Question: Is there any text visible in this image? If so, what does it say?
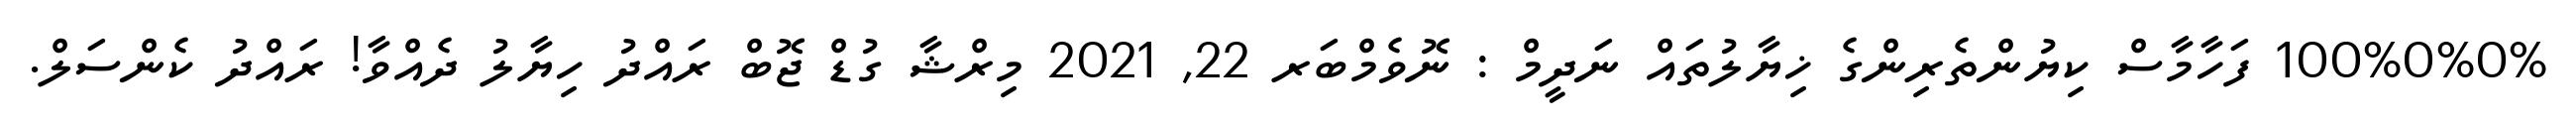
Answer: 100%0%0% ފަހާމާސް ކިޔުންތެރިންގެ ޚިޔާލުތައް ނަދީމް : ނޮވެމްބަރ 22, 2021 މިރްޝާ ގުޑް ޖޮބް ރައްދު ހިޔާލު ދެއްވާ! ރައްދު ކެންސަލް.